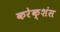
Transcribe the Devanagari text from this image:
करेक्शंस